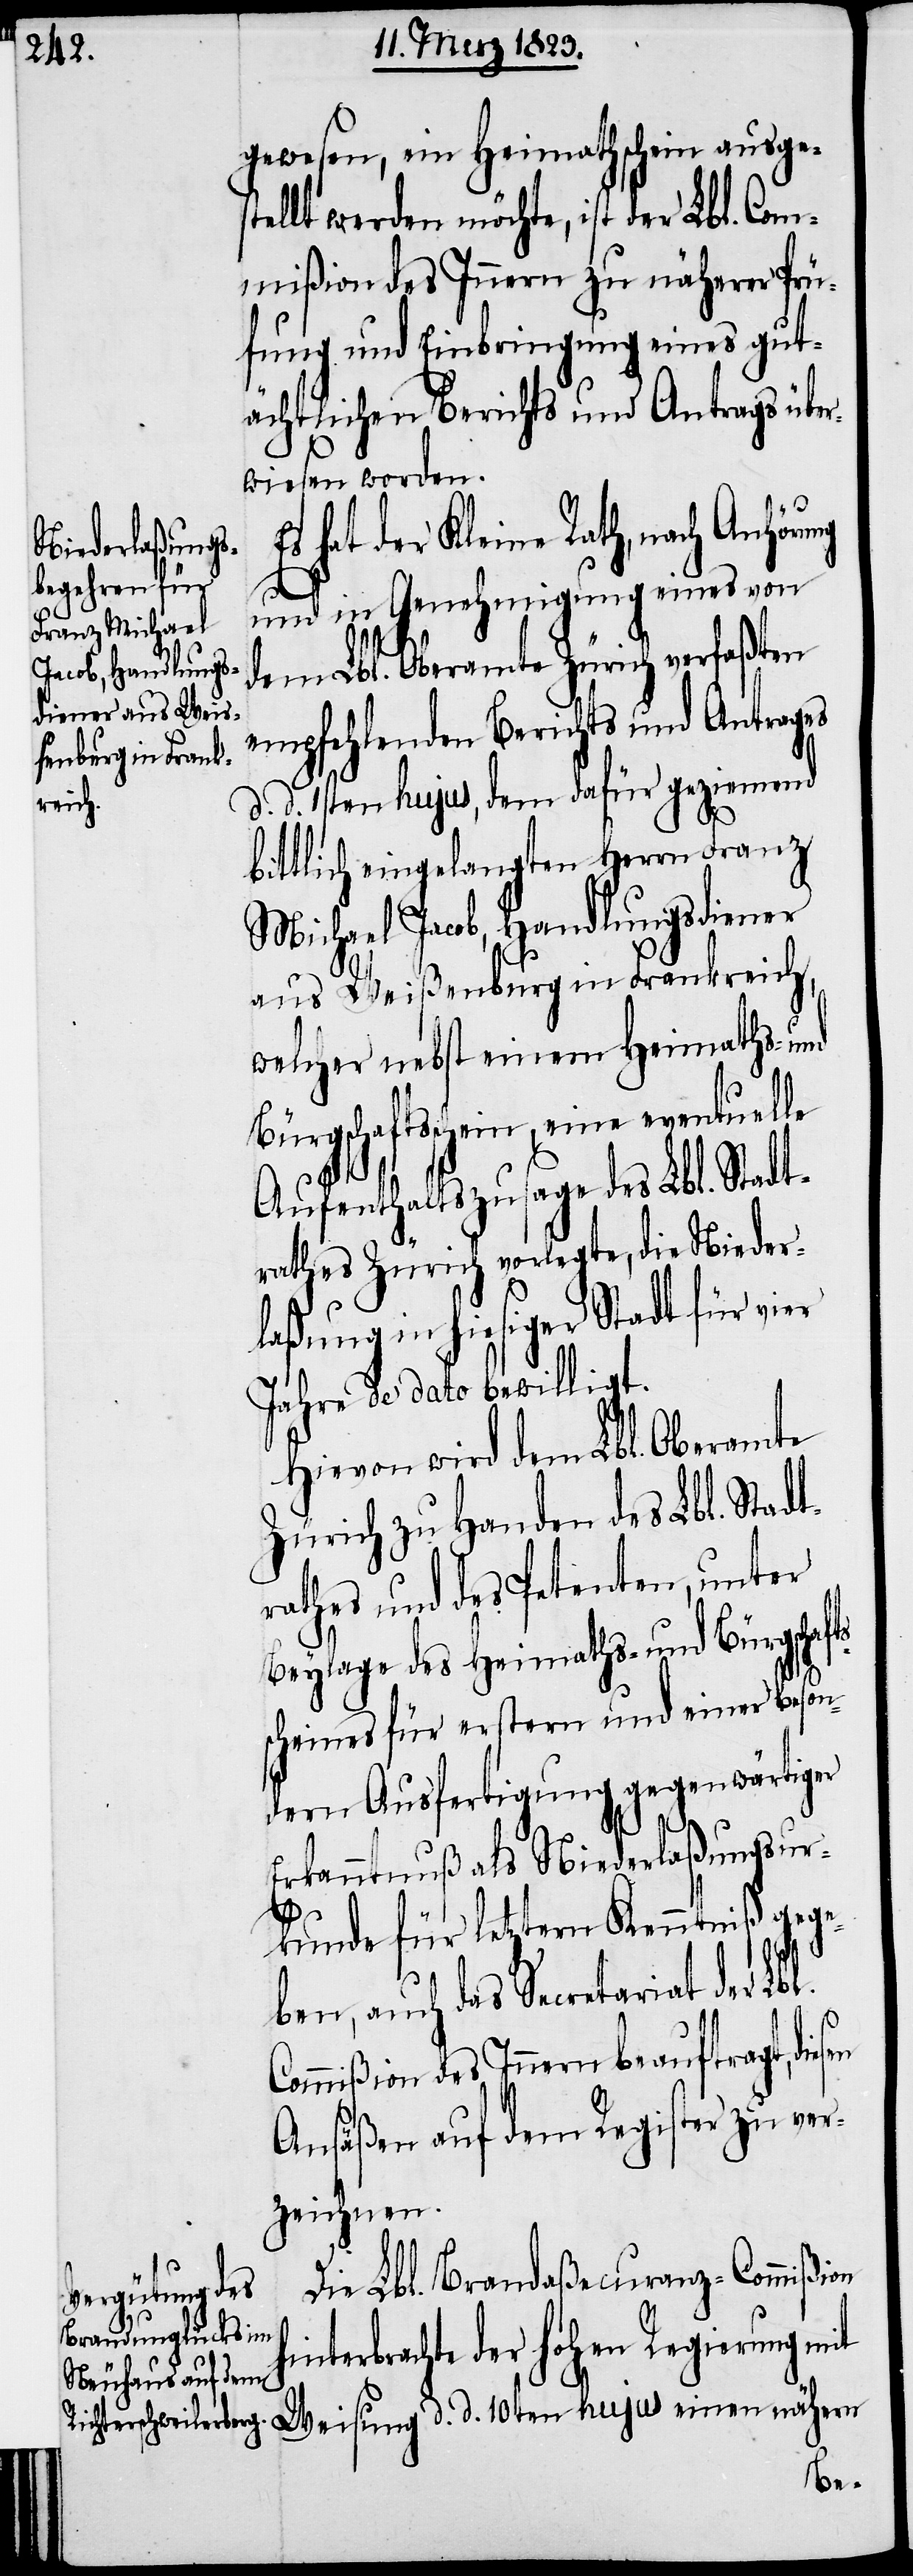
gewesen, ein Heimathschein ausge¬
stellt werden möchte, ist der Lbl. Com¬
mißion des Innern zu näherer Prü¬
fung und Einbringung eines gut¬
ächtlichen Berichts und Antrags übe¬
rwiesen worden.
hat der Kleine Rath, nach
und in Genehmigung eines von
dem Lbl. Oberamte Zürich verfaßten
empfehlenden Berichts und Antrages
d. d. 1sten hujus, dem dafür geziemend
bittlich eingelangten Herrn Franz
Weisung d. d. 10ten hujus einen
aus Weißenburg in Frankreich,
welcher nebst einem Heimaths- und
Bürgschaftsschein, eine eventuelle
Aufenthaltszusage des Lbl. Stadt¬
rathes Zürich vorlegte, die Nieder¬
laßung in hiesiger Stadt für vier
Jahre de dato bewilligt.
Hievon wird dem Lbl. Oberamte
Zürich zu Handen des Lbl. Stadt¬
rathes und des Petenten, unter
Beylage des Heimaths- und Bürgschaft¬
scheines für erstern und einer beson¬
dern Ausfertigung gegenwärtiger
Erkanntnuß als Niederlaßungsur¬
kunde für letztern Kenntniß gege¬
ben, auch das Secretariat der
Commißion des Innern beauftragt,
Ansäßen auf dem Register zu ver¬
zeichnen.
Die Lbl. Brandaßecuranz-Commißion
nterbrachte der hohen Regierung mit
hi¬